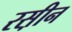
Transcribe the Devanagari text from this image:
रस़ीन